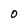
Character: O